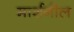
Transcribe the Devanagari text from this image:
मार्शनील